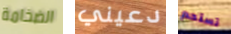
الضخامة دعيني تستحم